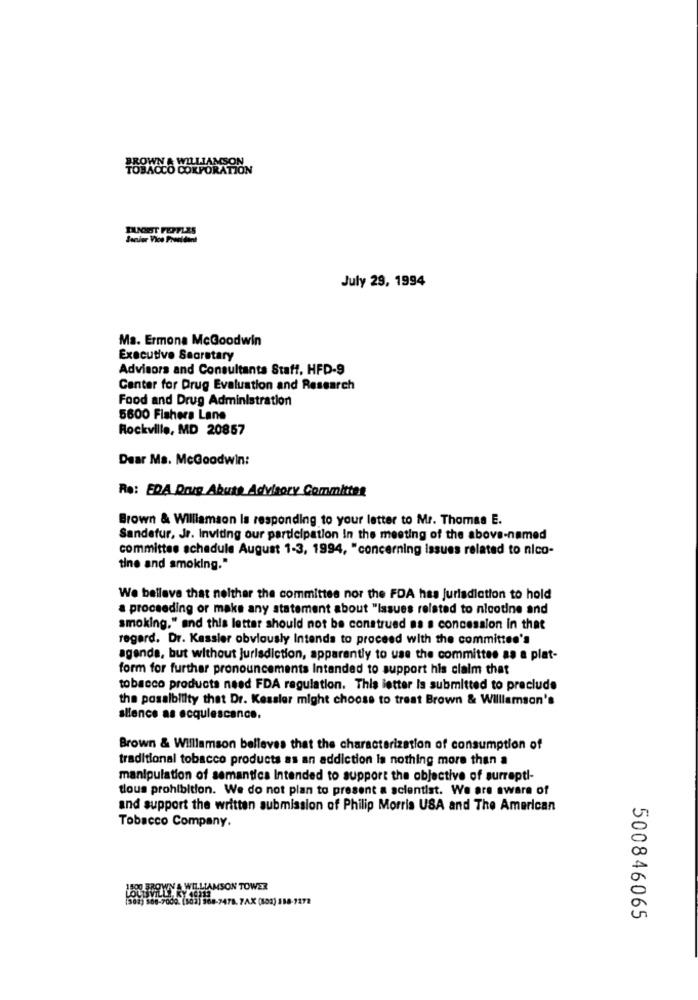
BROWN & WILLIAMSON
INNOST FEFFLES
Sanvier Vice President
July 29, 1994
Ma. Ermona McGoodwin
Executive Secretary
Advisors and Consultants Staff, HFD-9
Center for Drug Evaluation and Research
Food and Drug Administration
5600 Fishera Lane
Rockville, MD 20857
Dear Ma. McGoodwin:
Re: EDA Drug Abuse Advisory Committes
Brown & Williamson Is responding to your letter to Mr. Thomas E.
Sandefur, Jr. Inviting our participation In the meeting of the above-named
committee schedule August 1-3, 1994, "concerning issues related to nico-
tine and smoking."
We belleve that neither the committee nor the FDA has jurisdiction to hold
a proceeding or make any statement about "Issues related to nicotine and
smoking." and this letter should not be construed as a concession in that
regard. Dr. Kassler obviously Intends to proceed with the committee's
agenda, but without jurisdiction, apparently to use the committee as a plat-
form for further pronouncements Intended to support his claim that
tobacco products need FDA regulation. This letter Is submitted to preclude
the possibility that Dr. Kessler might choose to treat Brown & Williamson's
silence as acquiescence.
Brown & Williamson belleves that the characterization of consumption of
traditional tobacco products as an addiction is nothing more than a
manipulation of semantica Intended to support the objective of surrepti-
tlous prohibition. We do not plan to present a scientist. We are aware of
and support the written submission of Philip Morris USA and The American
Tobacco Company.
LOS SPLIYYA WILLIAMSON TOWER
03) 368-7478. 7AX (803) 188-7272
500846065